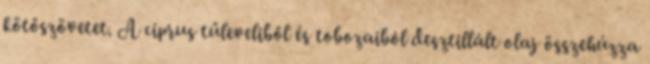
kötőszövetet. A ciprus tűleveliből és tobozaiból desztillált olaj összehúzza